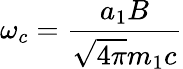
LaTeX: \omega_{c}={\frac{a_{1}B}{{\sqrt{4\pi}}m_{1}c}}